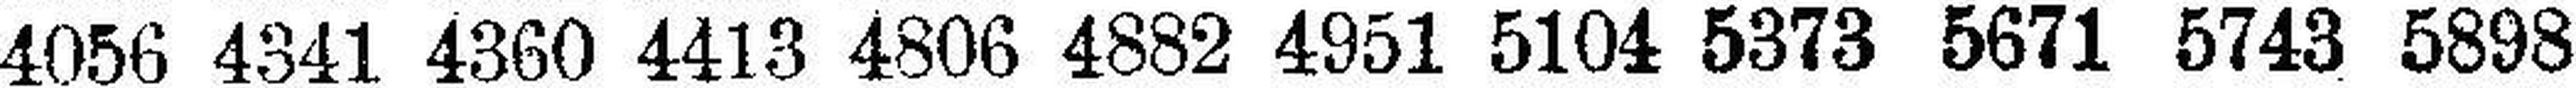
4056 4341 4360 4413 4806 4882 4951 5104 5373 5671 5743 5898